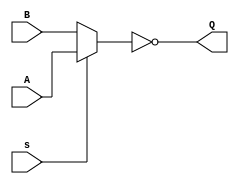
`timescale 1ns / 1ps
//////////////////////////////////////////////////////////////////////////////////
// Company: 
// Engineer: 
// 
// Design Name: 
// Module Name: MUX21I
// Project Name: 
// Target Devices: 
// Tool Versions: 
// Description: 
// 
// Dependencies: 
// 
// Revision:
// Revision 0.01 - File Created
// Additional Comments:
// 
//////////////////////////////////////////////////////////////////////////////////


module MUX21I( A, B, s, Q );
  input A;
  input B;
  input s;
  output Q;

  assign Q = ~( s ? A : B );
endmodule